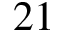
2 1